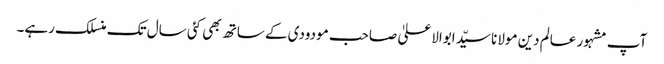
آپ مشہور عالم دین مولانا سیّد ابوالاعلیٰ صاحب مودودی کے ساتھ بھی کئی سال تک منسلک رہے۔